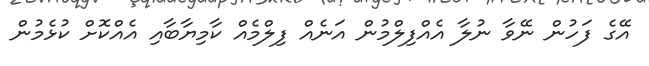
އޭގެ ފަހުން ނޭވާ ނުލާ އެއްފިލްމުން އަނެއް ފިލްމެއް ކާމިޔާބާއި އެއްކޮށް ކުޅެމުން